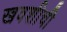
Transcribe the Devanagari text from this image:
खवशीची